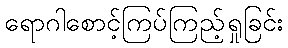
ရောဂါစောင့်ကြပ်ကြည့်ရှုခြင်း